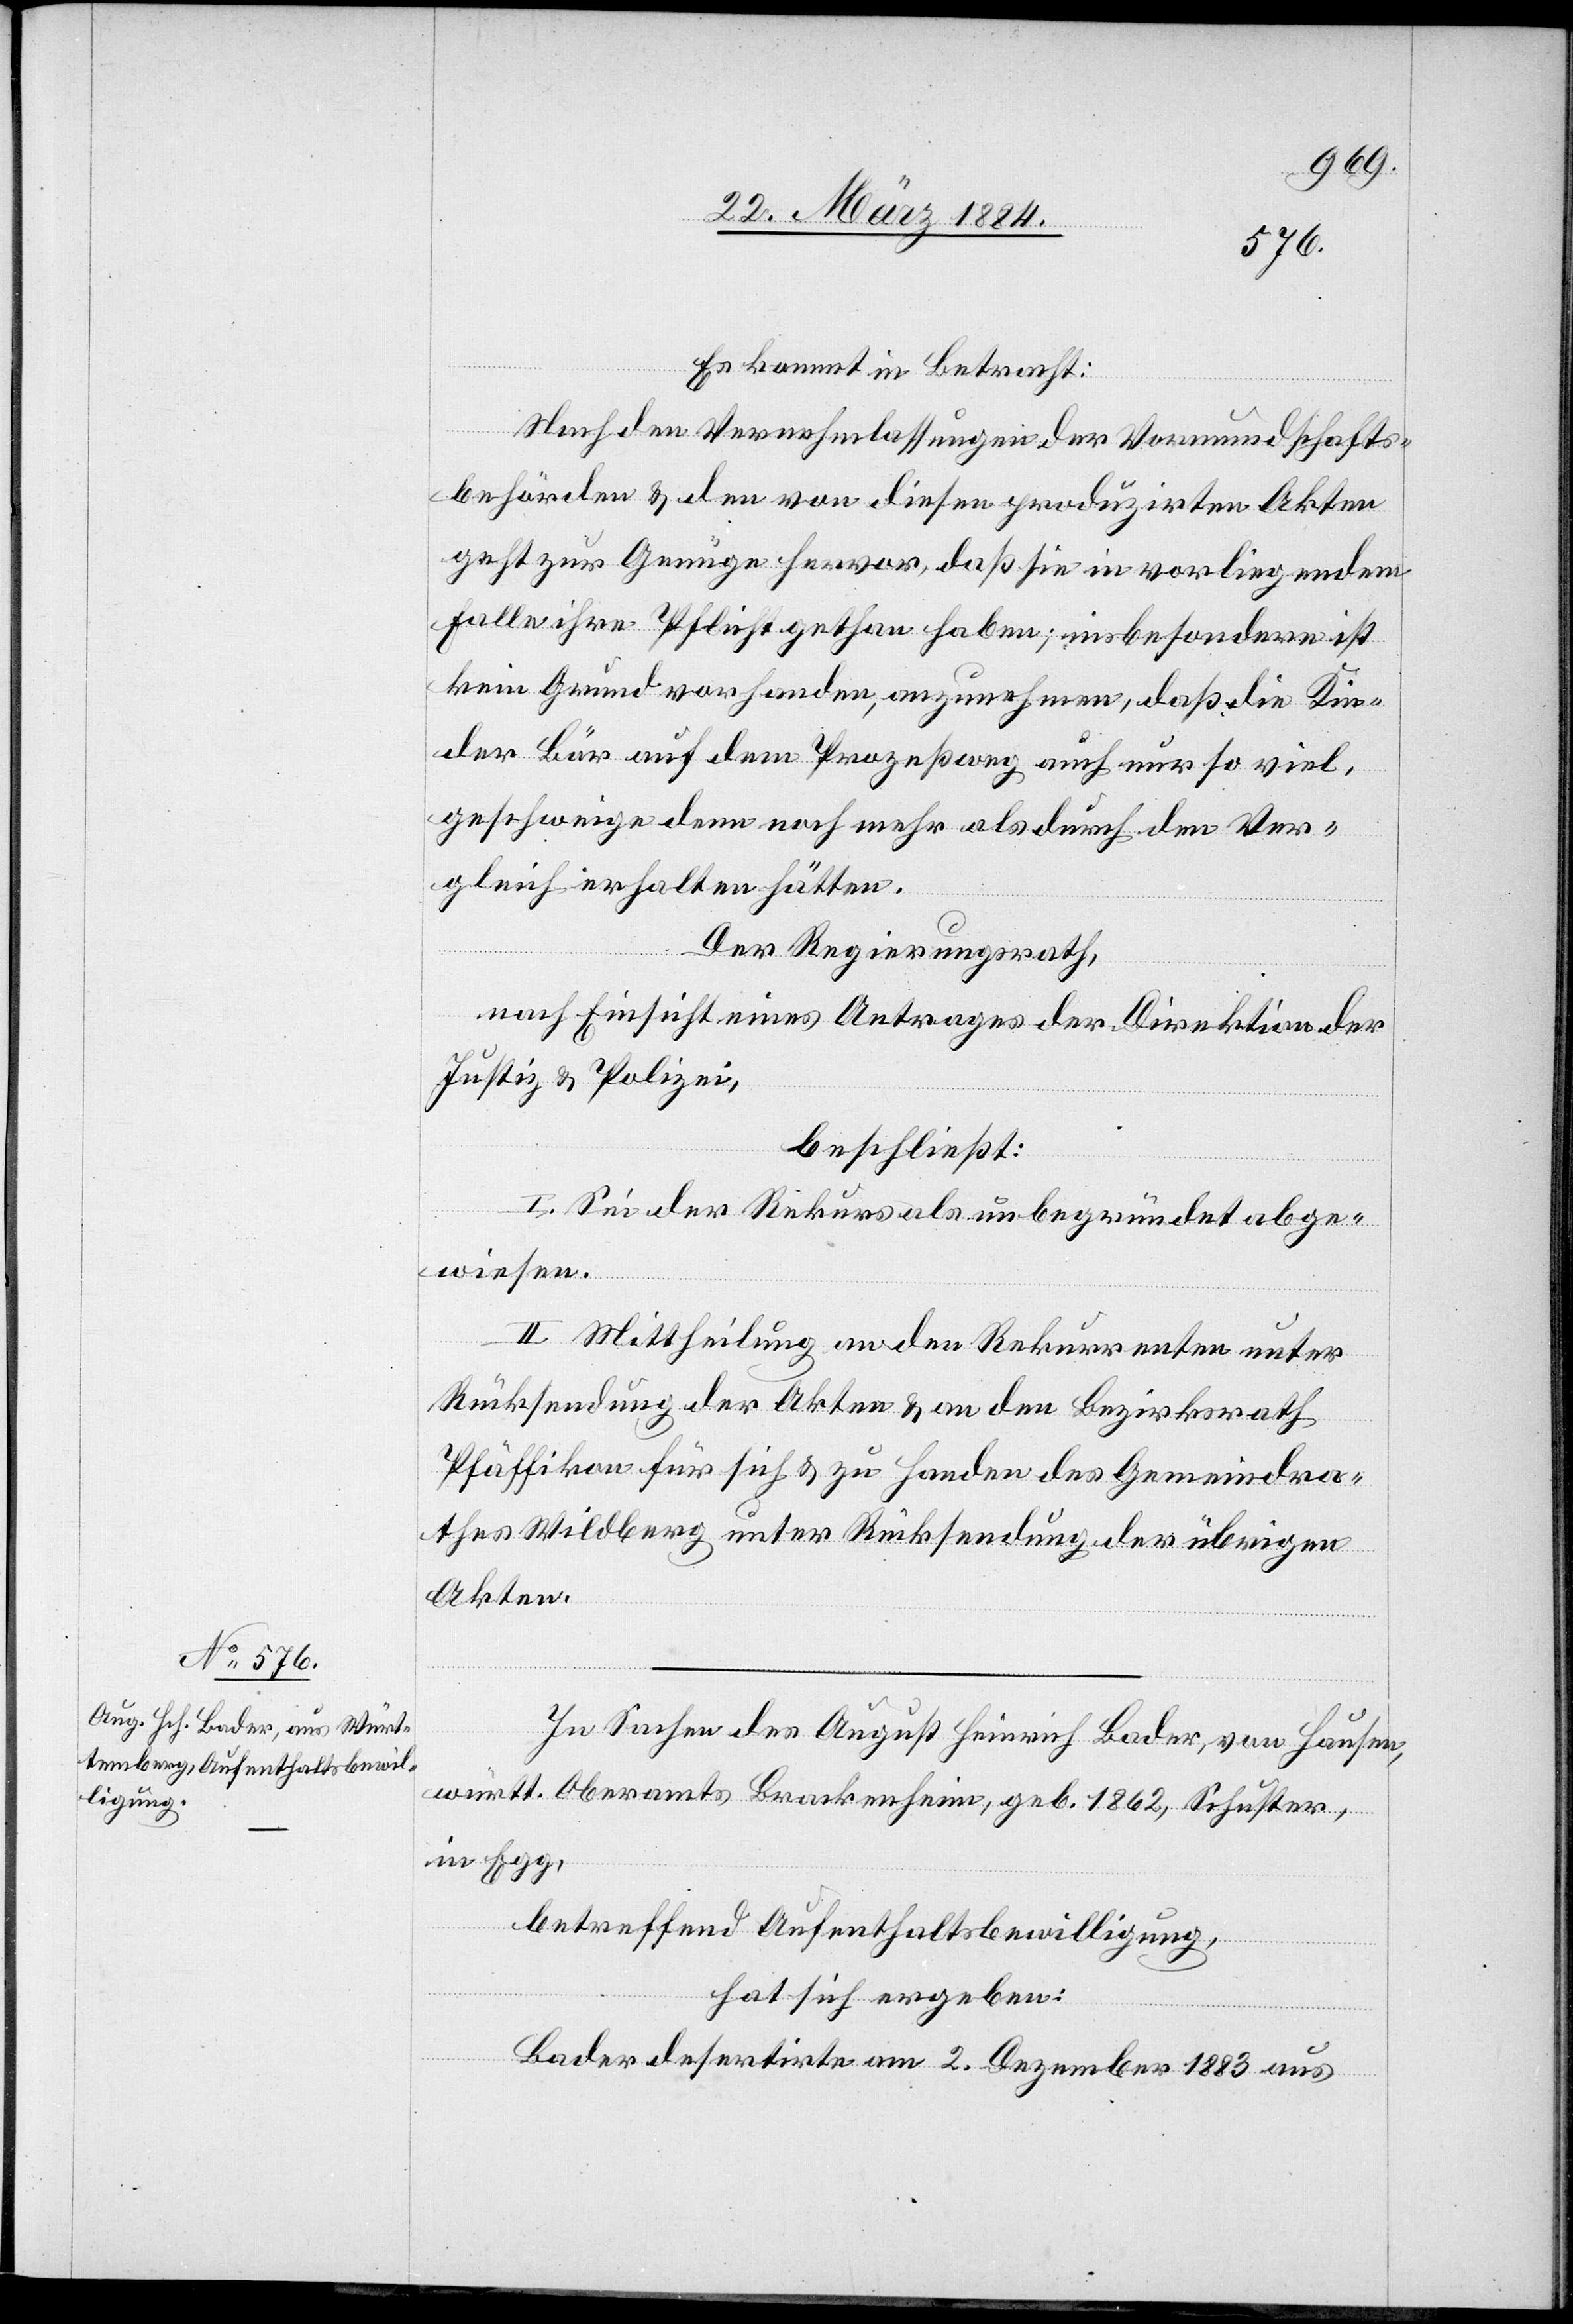
Es kommt in Betracht:
Nach den Vernehmlassungen der Vormundschafts¬
behörden & den von diesen produzirten Akten
geht zur Genüge hervor, daß sie in vorliegendem
Falle ihre Pflicht gethan haben; insbesondere ist
kein Grund vorhanden, anzunehmen, daß die Kin¬
der Bär auf dem Prozeßweg auch nur so viel,
geschweige denn noch mehr als durch den Ver¬
gleich erhalten hätten.
Der Regierungsrath,
nach Einsicht eines Antrages der Direktion der
Justiz & Polizei,
beschließt:
I. Sei der Rekurs als unbegründet abge¬
wiesen.
II. Mittheilung an den Rekurrenten unter
Rücksendung der Akten & an den Bezirksrath
Pfäffikon für sich & zu Handen des Gemeindra¬
thes Wildberg unter Rücksendung der übrigen
Akten.
In Sachen des August Heinrich Bader, von Hausen,
württ. Oberamtes Brackenheim, geb. 1862, Schuster,
in Egg,
betreffend Aufenthaltsbewilligung,
hat sich ergeben:
Bader desertirte am 2. Dezember 1883 aus